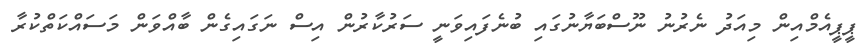
ޕީޕީއެމްއިން މިއަދު ނެރުނު ނޫސްބަޔާނުގައި ބުނެފައިވަނީ ސަރުކާރުން އިސް ނަގައިގެން ބާއްވަން މަސައްކަތްކުރާ